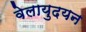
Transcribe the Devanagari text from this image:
वेलायुदयन